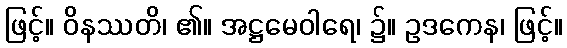
ဖြင့်။ ဝိနဿတိ၊ ၏။ အဋ္ဌမေဝါရေ၊ ၌။ ဥဒကေန၊ ဖြင့်။